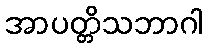
အာပတ္တိသဘာဂါ